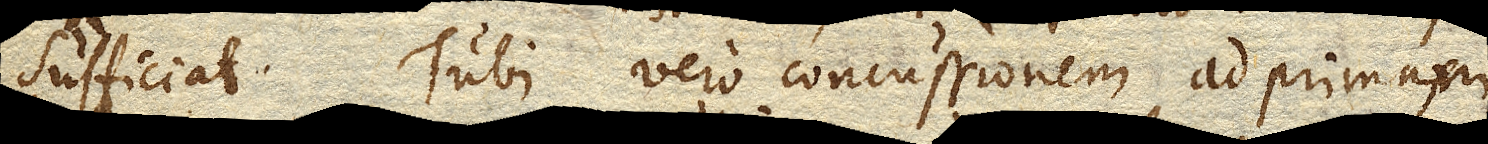
sufficiat. Tubi vero concussionem ad primam